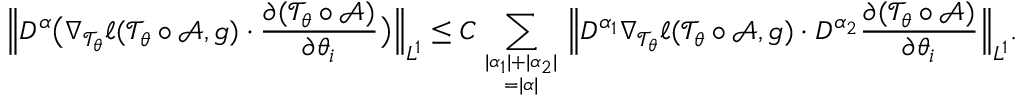
\Big \| D ^ { \alpha } \big ( \nabla _ { \mathcal T _ { \theta } } \ell ( \mathcal T _ { \theta } \circ \mathcal A , g ) \cdot \frac { \partial ( \mathcal T _ { \theta } \circ \mathcal A ) } { \partial \theta _ { i } } \big ) \Big \| _ { L ^ { 1 } } \leq C \sum _ { | \alpha _ { 1 } | + | \alpha _ { 2 } | \atop = | \alpha | } \Big \| D ^ { \alpha _ { 1 } } \nabla _ { \mathcal T _ { \theta } } \ell ( \mathcal T _ { \theta } \circ \mathcal A , g ) \cdot D ^ { \alpha _ { 2 } } \frac { \partial ( \mathcal T _ { \theta } \circ \mathcal A ) } { \partial \theta _ { i } } \Big \| _ { L ^ { 1 } } .